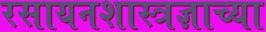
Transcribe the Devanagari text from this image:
रसायनशास्त्रज्ञाच्या